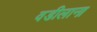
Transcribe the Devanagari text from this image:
वडीलाना